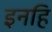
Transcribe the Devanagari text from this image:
इनहि